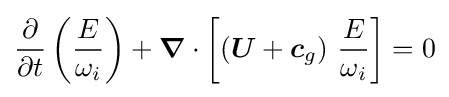
{\frac {\partial }{\partial t}}\left({\frac {E}{\omega _{i}}}\right)+{\boldsymbol {\nabla }}\cdot \left[\left({\boldsymbol {U}}+{\boldsymbol {c}}_{g}\right)\,{\frac {E}{\omega _{i}}}\right]=0